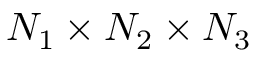
N _ { 1 } \times N _ { 2 } \times N _ { 3 }